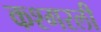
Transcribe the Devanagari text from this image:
कश्गरली